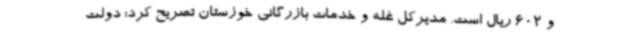
و 602 ریال است. مدیرکل غله و خدمات بازرگانی خوزستان تصریح کرد: دولت